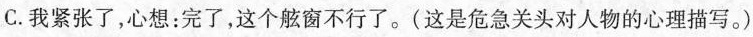
C.我紧张了，心想：完了，这个舷窗不行了。(这是危急关头对人物的心理描写。)